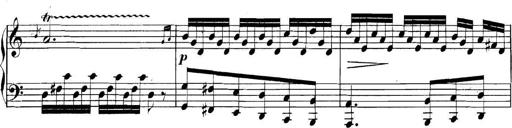
Title: Collected Piano Sonatas
Composer: Muzio Clementi